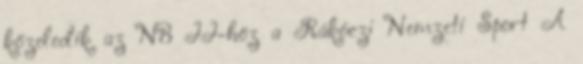
közeledik az NB II-höz a Rákóczi Nemzeti Sport A